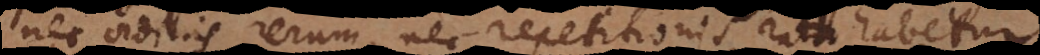
nec ordinis rerum, nec repetitionis ratio habetur